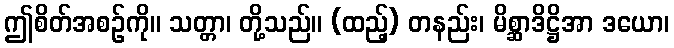
ဤစိတ်အစဉ်ကို။ သတ္တာ၊ တို့သည်။ (ထည့်) တနည်း၊ မိစ္ဆာဒိဋ္ဌိအာ ဒယော၊